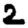
Digit: 2